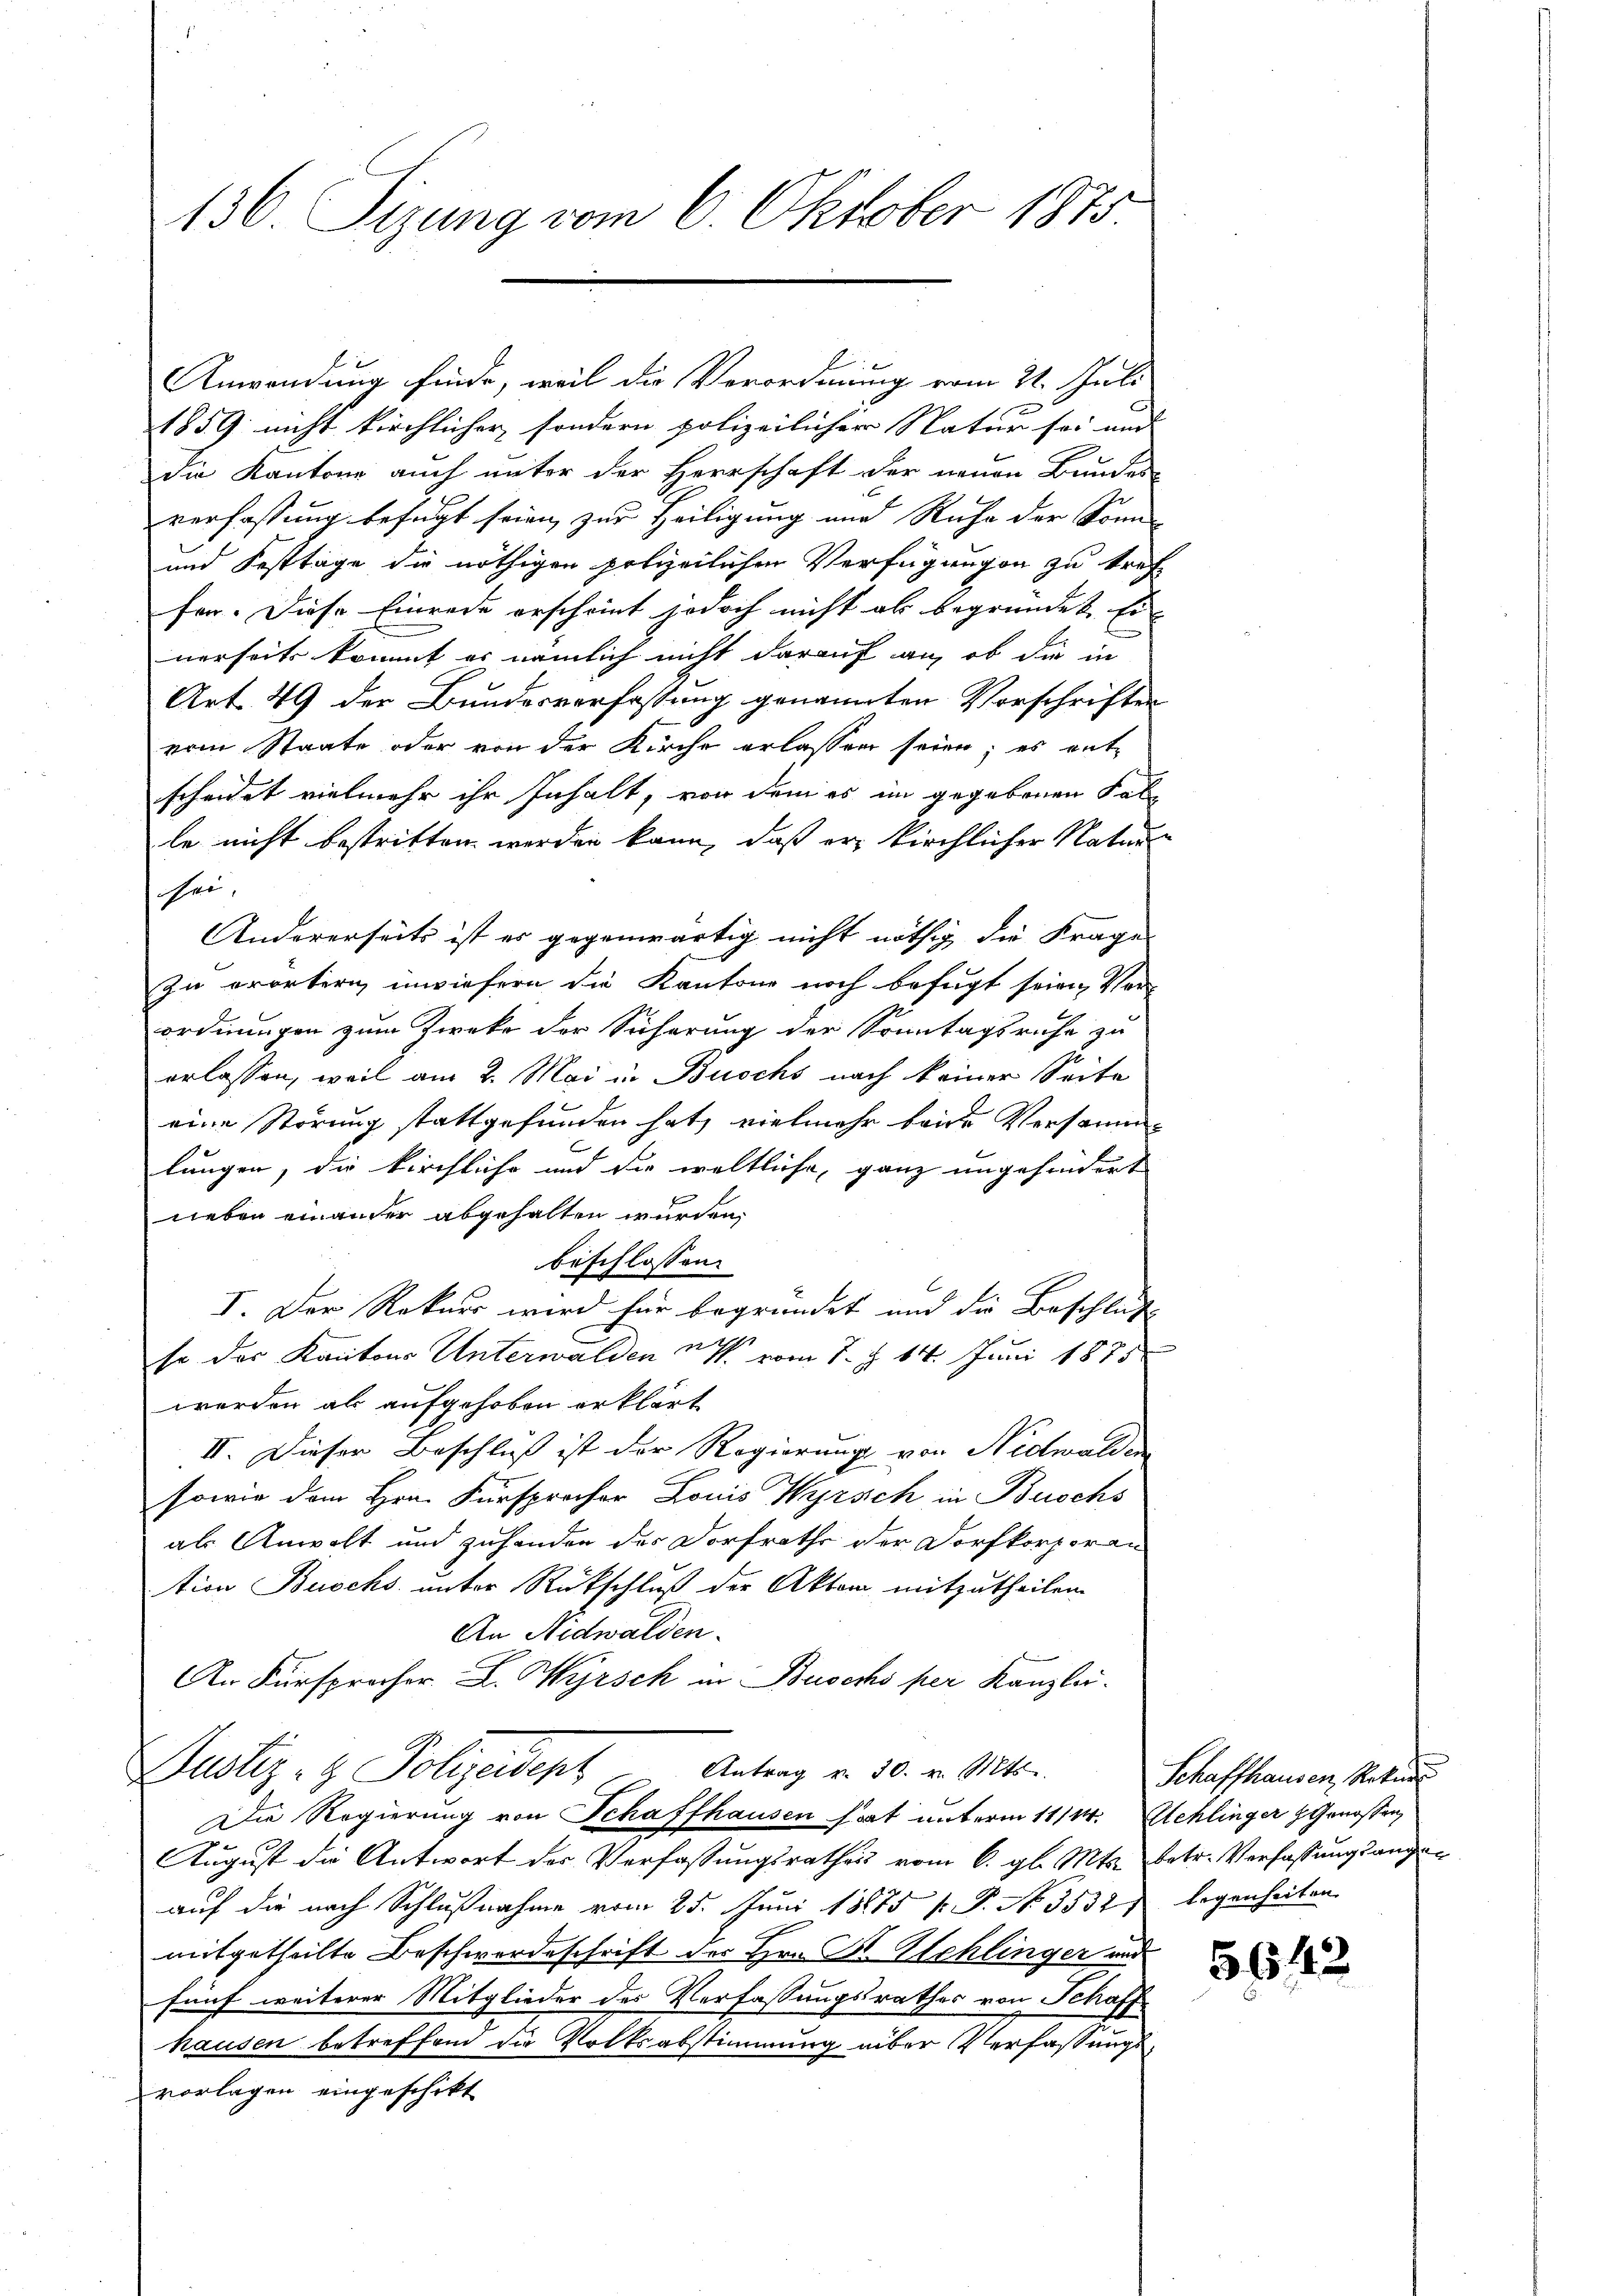
136. Sizung vom 6. Oktober 1875

1859 nicht kirchlicher sondern polizeilicher Natur sei und
die Kantone auch unter der Herrschaft der neuen Bundes-
verfassung befugt seien zur Heiligung und Ruhe der Sonn-
und Festtage die nöthigen polizeilichen Verfügungen zu treffer. Diese Einrede erscheint jedoch nicht ab begründet. Ei
nerseits kommt er nämlich nicht darauf an, ob die in
Art. 49 der Bundesverfassung genannten Vorschriften
vom Staate oder von der Kirche erlassen seien; es entscheidet vielmehr ihr Inhalt, von dem es im gegebenen Falle nicht bestritten werden kann, daß er kirchlicher Natur
sei.
Andererseits ist es gegenwärtig nicht nöthig die Frage
zu erörtern, inwiefern die Kantone noch befugt seien, Ver-
ordnungen zum Zwecke der Sicherung der Sonntagsruhe zu
erlassen, weil am 2. Mai in Buschs nach keiner Seite
eine Störung stattgefunden hat, vielmehr beide Versamme
lungen, die kirchliche und die weltliche ganz ungehindert
neben einander abgehalten wurden,
beschlossen
I. Der Rekurs wird für begründet und die Beschluß
so der Kantons Unterwalden uns vom 1. d. 14. Juni 1875
werden als aufgehoben erklärt
II. Dieser Beschluß ist der Regierung von Nidwalden
sowie dem Hrn. Fürsprocher Louis Wyrsch in Buschs
als Anwalt und zuhanden des Dorfrathe der Dorfkorporan
tion Buochs unter Rückschluß der Aktem mitzutheilen.
An Nidwalden.
An Fürsprocher L. Wyrsch in Buschs per Kanzlei.
Antrag v. 30. v. Mts.
Justiz- & Polizeident
Die Regierung von Schaffhausen hat unterm 11/2. Schlinger z. Genossen,
August die Antwort der Verfassungsrathes vom 6. gl. Mts. betr. Verfassungsangeauf die nach Schlußnahme vom 25. Juni 18875 f. P. No. 3532 legenheiten
mitgetheilte Beschwerdeschrift der Hrn. F. Schlinger und
fünf weiterer Mitglieder der Verfassungsrathes von Schaff
hausen betreffend die Volksabstimmung über Verfassungsvorlagen eingeschikt

Anwendung finde, weil die Verordnung vom 21. Juli

Schaffhausen, Rekur

6642